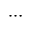
\cdots